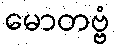
မောတဗ္ဗံ